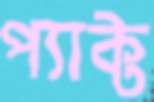
প্যাক্ট